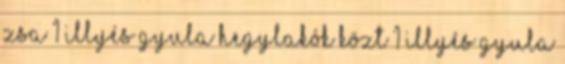
zsa 1 Illyés Gyula Hegylakók közt 1 ILLYÉS GYULA